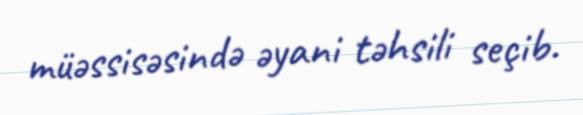
müəssisəsində əyani təhsili seçib.